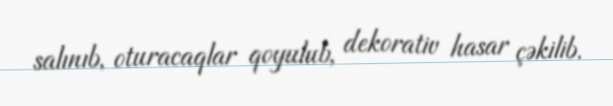
salınıb, oturacaqlar qoyulub, dekorativ hasar çəkilib.